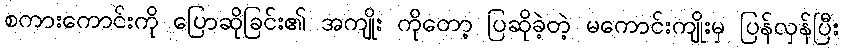
စကားကောင်းကို ပြောဆိုခြင်း၏ အကျိုး ကိုတော့ ပြဆိုခဲ့တဲ့ မကောင်းကျိုးမှ ပြန်လှန်ပြီး